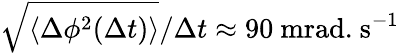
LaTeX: \sqrt{\langle\Delta\phi^{2}(\Delta t)\rangle}/\Delta t\approx 90~\mathrm{mrad.}~\mathrm{s}^{-1}